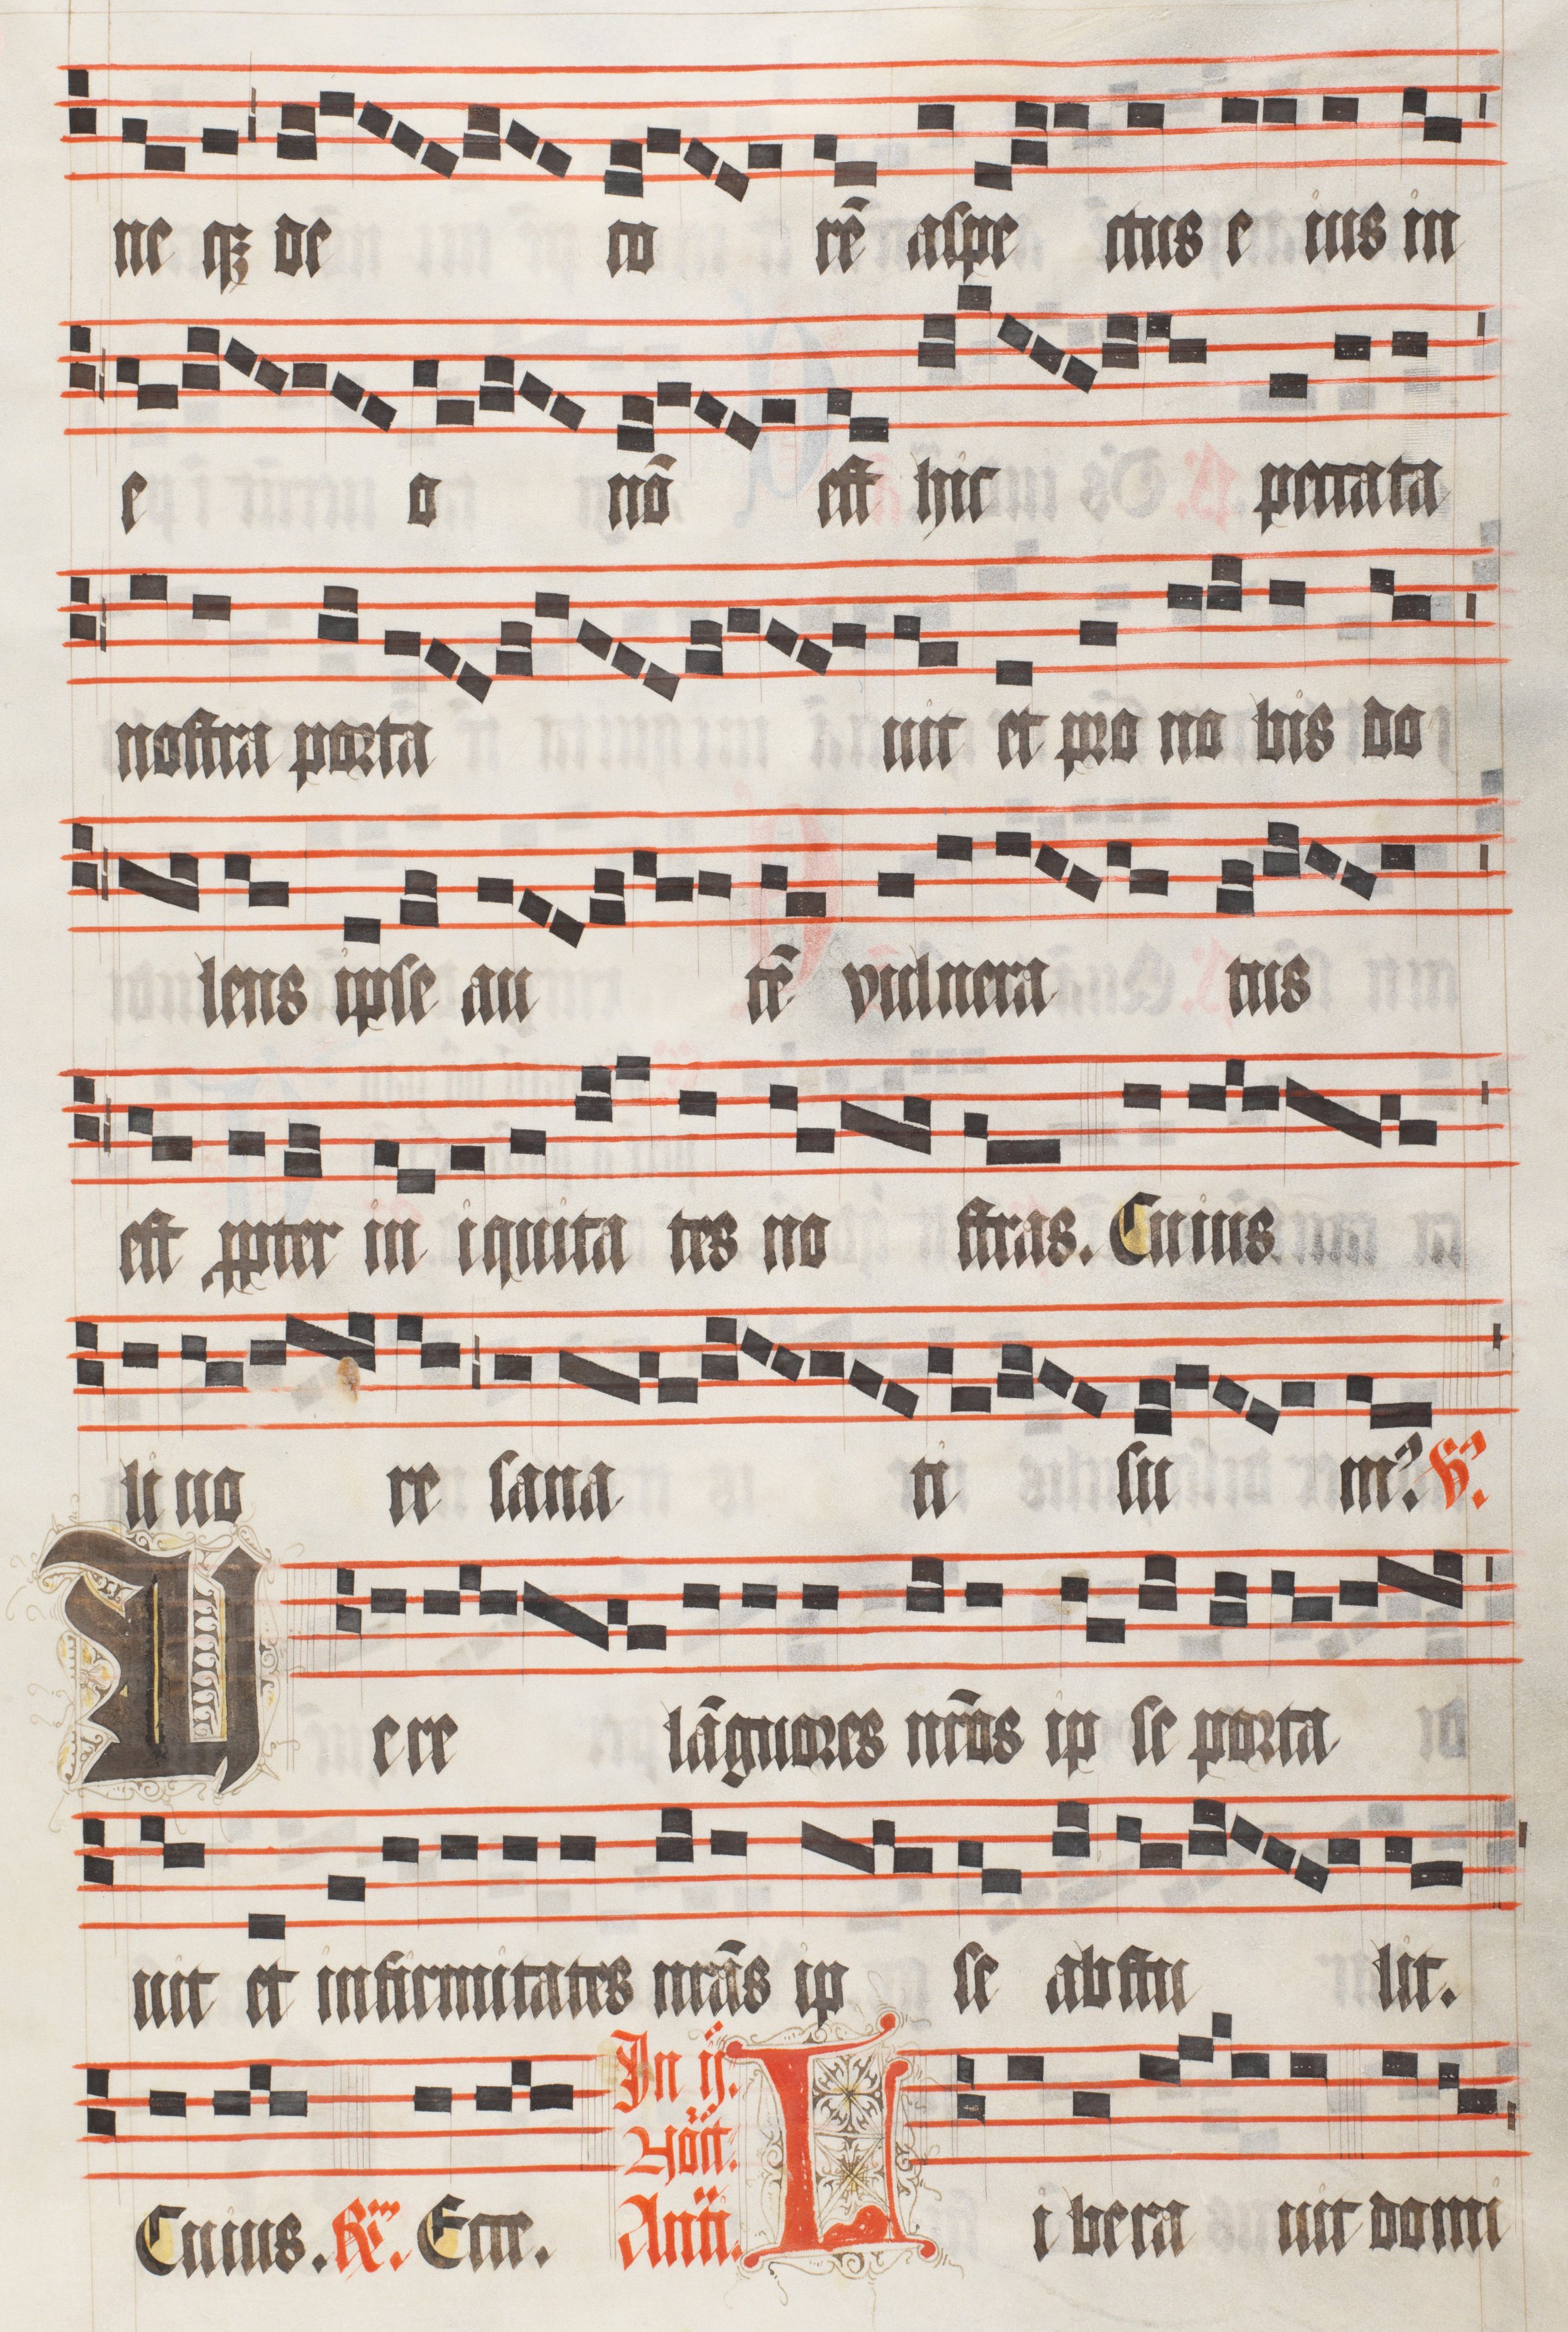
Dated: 1511–1517